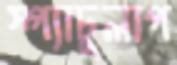
স্প্যাচুলাপ